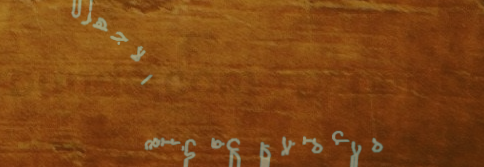
محل متخصص في بيع الأجهزة